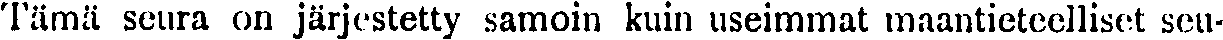
Tämä seura on järjestetty samoin kuin useimmat maantieteelliset seu-